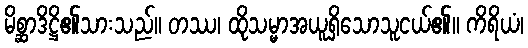
မိစ္ဆာဒိဋ္ဌိ၏သားသည်။ တဿ၊ ထိုသမ္မာအယူရှိသောသူငယ်၏။ ကိရိယံ၊